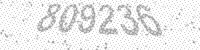
Solution: 809236